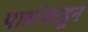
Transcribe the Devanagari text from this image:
पात्रांकडून